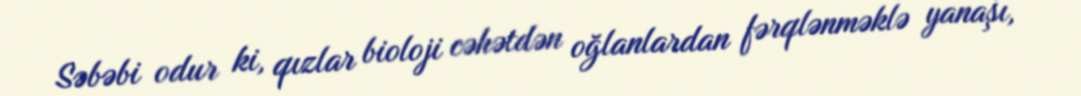
Səbəbi odur ki, qızlar bioloji cəhətdən oğlanlardan fərqlənməklə yanaşı,